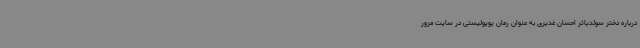
درباره دختر سوئدیاثر احسان غدیری به عنوان رمان پوپولیستی در سایت مرور